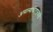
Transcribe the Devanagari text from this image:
असल्याचेराजवाडे